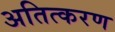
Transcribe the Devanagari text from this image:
अतित्करण